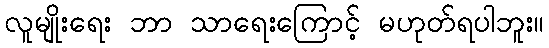
လူမျိုးရေး ဘာ သာရေးကြောင့် မဟုတ်ရပါဘူး။